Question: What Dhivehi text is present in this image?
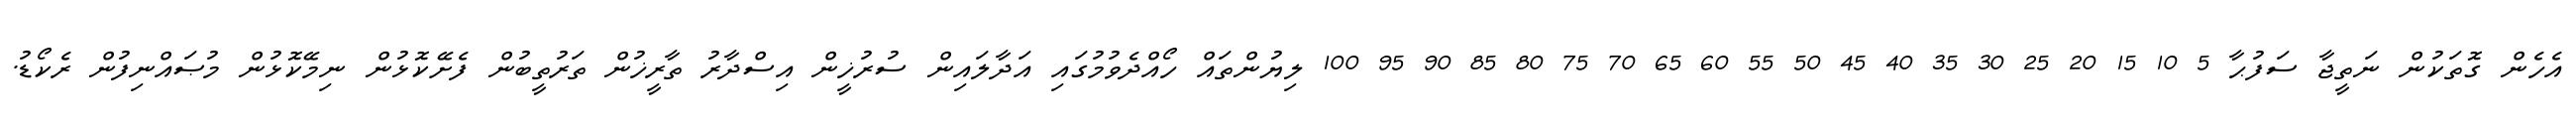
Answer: އެހެން ގޮތަކުން ނަތީޖާ ސަފުޙާ 5 10 15 20 25 30 35 40 45 50 55 60 65 70 75 80 85 90 95 100 ލިޔުންތައް ހޯއްދެވުމުގައި އަދާލައިން ސުރުޚީން އިސްދާރު ތާރީޚުން ތަރުތީބުން ފެށޭކޮޅުން ނިމޭކޮޅުން މުޞައްނިފުން ރެކޯޑު.